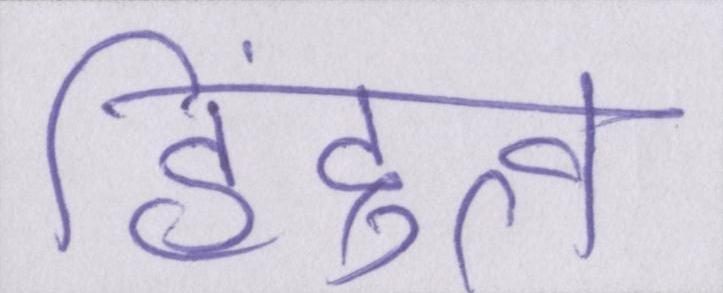
हिंदुत्व